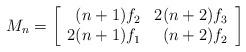
LaTeX: \begin{align*}M_n =\left[\begin{array}{rr}(n+1)f_2 & 2(n+2)f_3\\2(n+1)f_1 & (n+2)f_2\end{array}\right]\end{align*}